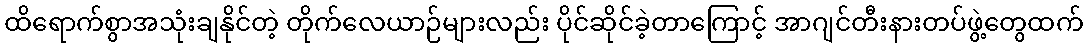
ထိရောက်စွာအသုံးချနိုင်တဲ့ တိုက်လေယာဉ်များလည်း ပိုင်ဆိုင်ခဲ့တာကြောင့် အာဂျင်တီးနားတပ်ဖွဲ့တွေထက်